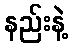
နည်းနဲ့